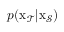
p ( \mathbf { \boldsymbol { x } } _ { \mathcal { T } } | \mathbf { \boldsymbol { x } } _ { \mathcal { S } } )